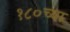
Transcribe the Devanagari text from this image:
१८०च्या